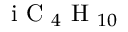
\mathrm { ~ i ~ C ~ } _ { 4 } \mathrm { ~ H ~ } _ { 1 0 }